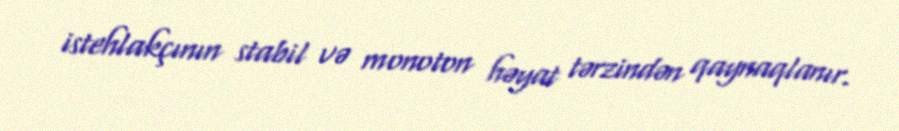
istehlakçının stabil və monoton həyat tərzindən qaynaqlanır.